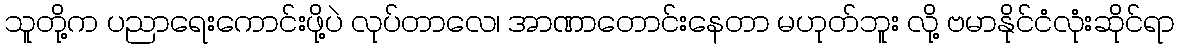
သူတို့က ပညာရေးကောင်းဖို့ပဲ လုပ်တာလေ၊ အာဏာတောင်းနေတာ မဟုတ်ဘူး လို့ ဗမာနိုင်ငံလုံးဆိုင်ရာ